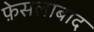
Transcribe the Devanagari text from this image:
फ़ेसलाबाद